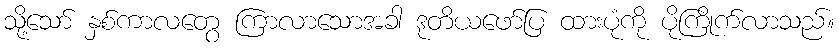
သို့သော် နှစ်ကာလတွေ ကြာလာသောအခါ ဒုတိယဖော်ပြ ထားပုံကို ပိုကြိုက်လာသည်။